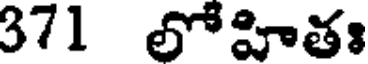
371 లోహితః